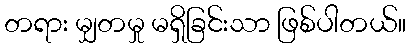
တရား မျှတမှု မရှိခြင်းသာ ဖြစ်ပါတယ်။